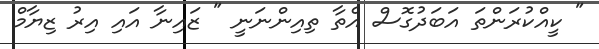
" ކީއްކުރަންތަ އަބަދުގޮސް އެތާ ތިއިންނަނީ " ޒައިނާ އައި އިރު ޒިޔާމް